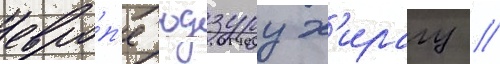
евро́п'е юдзуру х'ирагу //